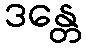
ဒန္တေ